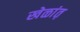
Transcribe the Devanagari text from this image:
खेळांत़